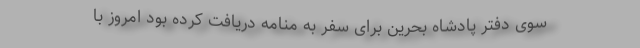
سوی دفتر پادشاه بحرین برای سفر به منامه دریافت کرده بود امروز با